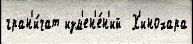
гран'и́чат изм'ен'е́н'ий  Х'инохара